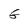
Character: G